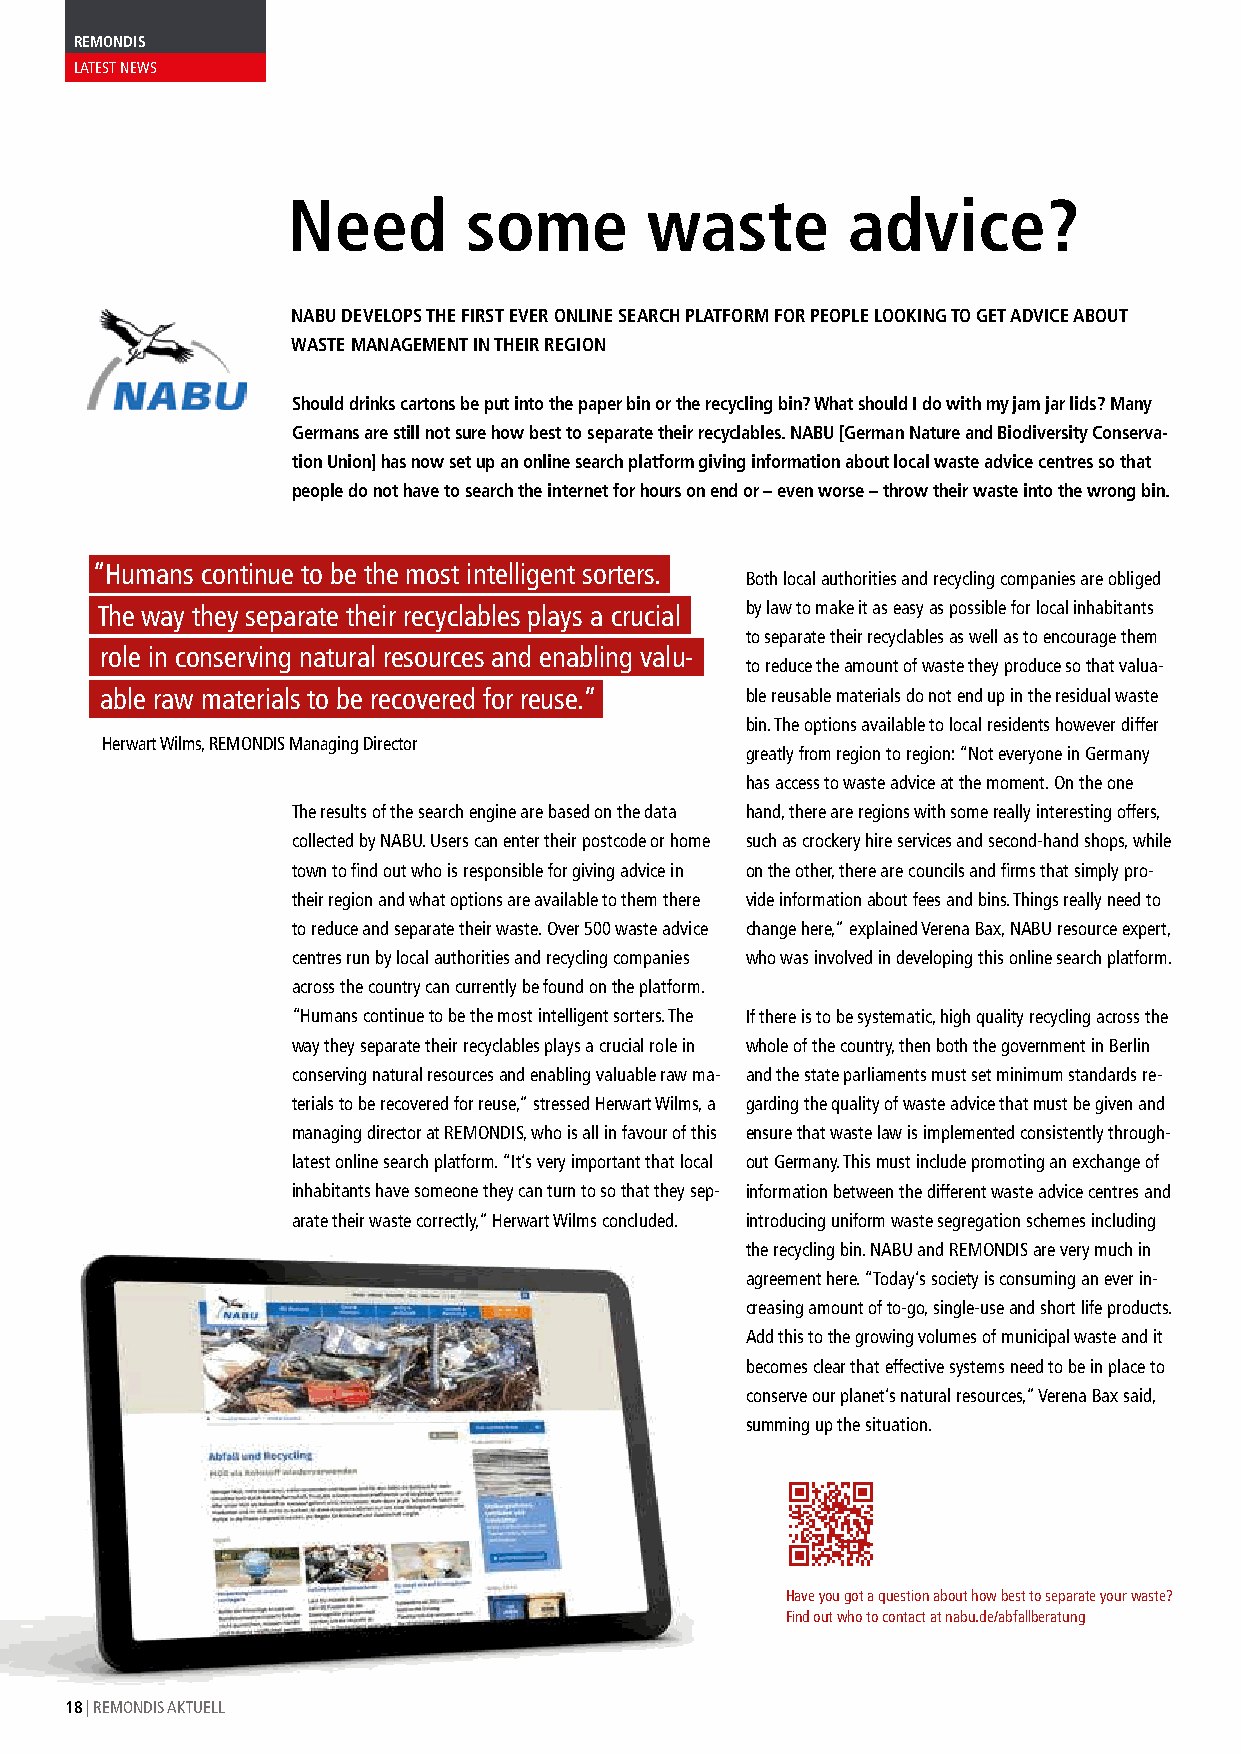
REMONDIS
 LATEST NEWS
 Need        some        waste        advice?
 NABU DEVELOPS THE FIRST EVER ONLINE SEARCH PLATFORM FOR PEOPLE LOOKING TO GET ADVICE ABOUT
 WASTE MANAGEMENT IN THEIR REGION
 Should drinks cartons be put into the paper bin or the recycling bin? What should I do with my jam jar lids? Many
 Germans are still not sure how best to separate their recyclables. NABU [German Nature and Biodiversity Conserva-
 tion Union] has now set up an online search platform giving information about local waste advice centres so that
 people do not have to search the internet for hours on end or – even worse – throw their waste into the wrong bin.
 “Humans continue to be the most intelligent sorters.
 Both local authorities and recycling companies are obliged
 The way they separate their recyclables plays a crucial by law to make it as easy as possible for local inhabitants
 to separate their recyclables as well as to encourage them
 role in conserving natural resources and enabling valu-
 to reduce the amount of waste they produce so that valua-
 able raw materials to be recovered for reuse.” ble reusable materials do not end up in the residual waste
 bin. The options available to local residents however differ
 Herwart Wilms, REMONDIS Managing Director
 greatly from region to region: “Not everyone in Germany
 has access to waste advice at the moment. On the one
 The results of the search engine are based on the data hand, there are regions with some really interesting offers,
 collected by NABU. Users can enter their postcode or home such as crockery hire services and second-hand shops, while
 town to find out who is responsible for giving advice in on the other, there are councils and firms that simply pro-
 their region and what options are available to them there vide information about fees and bins. Things really need to
 to reduce and separate their waste. Over 500 waste advice change here,” explained Verena Bax, NABU resource expert,
 centres run by local authorities and recycling companies who was involved in developing this online search platform.
 across the country can currently be found on the platform.
 “Humans continue to be the most intelligent sorters. The If there is to be systematic, high quality recycling across the
 way they separate their recyclables plays a crucial role in whole of the country, then both the government in Berlin
 conserving natural resources and enabling valuable raw ma- and the state parliaments must set minimum standards re-
 terials to be recovered for reuse,” stressed Herwart Wilms, a garding the quality of waste advice that must be given and
 managing director at REMONDIS, who is all in favour of this ensure that waste law is implemented consistently through-
 latest online search platform. “It’s very important that local out Germany. This must include promoting an exchange of
 inhabitants have someone they can turn to so that they sep- information between the different waste advice centres and
 arate their waste correctly,” Herwart Wilms concluded. introducing uniform waste segregation schemes including
 the recycling bin. NABU and REMONDIS are very much in
 agreement here. “Today’s society is consuming an ever in-
 creasing amount of to-go, single-use and short life products.
 Add this to the growing volumes of municipal waste and it
 becomes clear that effective systems need to be in place to
 conserve our planet’s natural resources,” Verena Bax said,
 summing up the situation.
 Have you got a question about how best to separate your waste?
 Find out who to contact at nabu.de/abfallberatung
 18 | REMONDIS AKTUELL